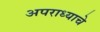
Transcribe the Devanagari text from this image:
अपराध्याचे